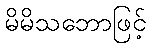
မိမိသဘောဖြင့်